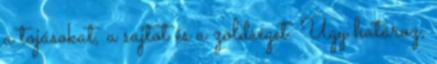
a tojásokat, a sajtot és a zöldséget. Úgy határoz,